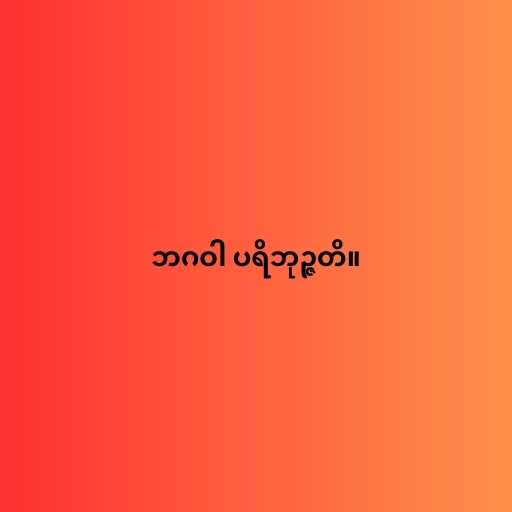
ဘဂဝါ ပရိဘုဉ္ဇတိ။